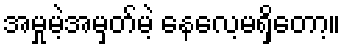
အမှုမဲ့အမှတ်မဲ့ နေလေ့မရှိတော့။